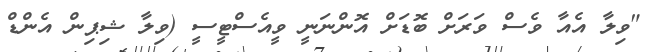
"ވިލާ އެއާ ވެސް ވަރަށް ބޮޑަށް އޮންނަނީ ވީއެސްޓީސީ (ވިލާ ޝިޕިން އެންޑް